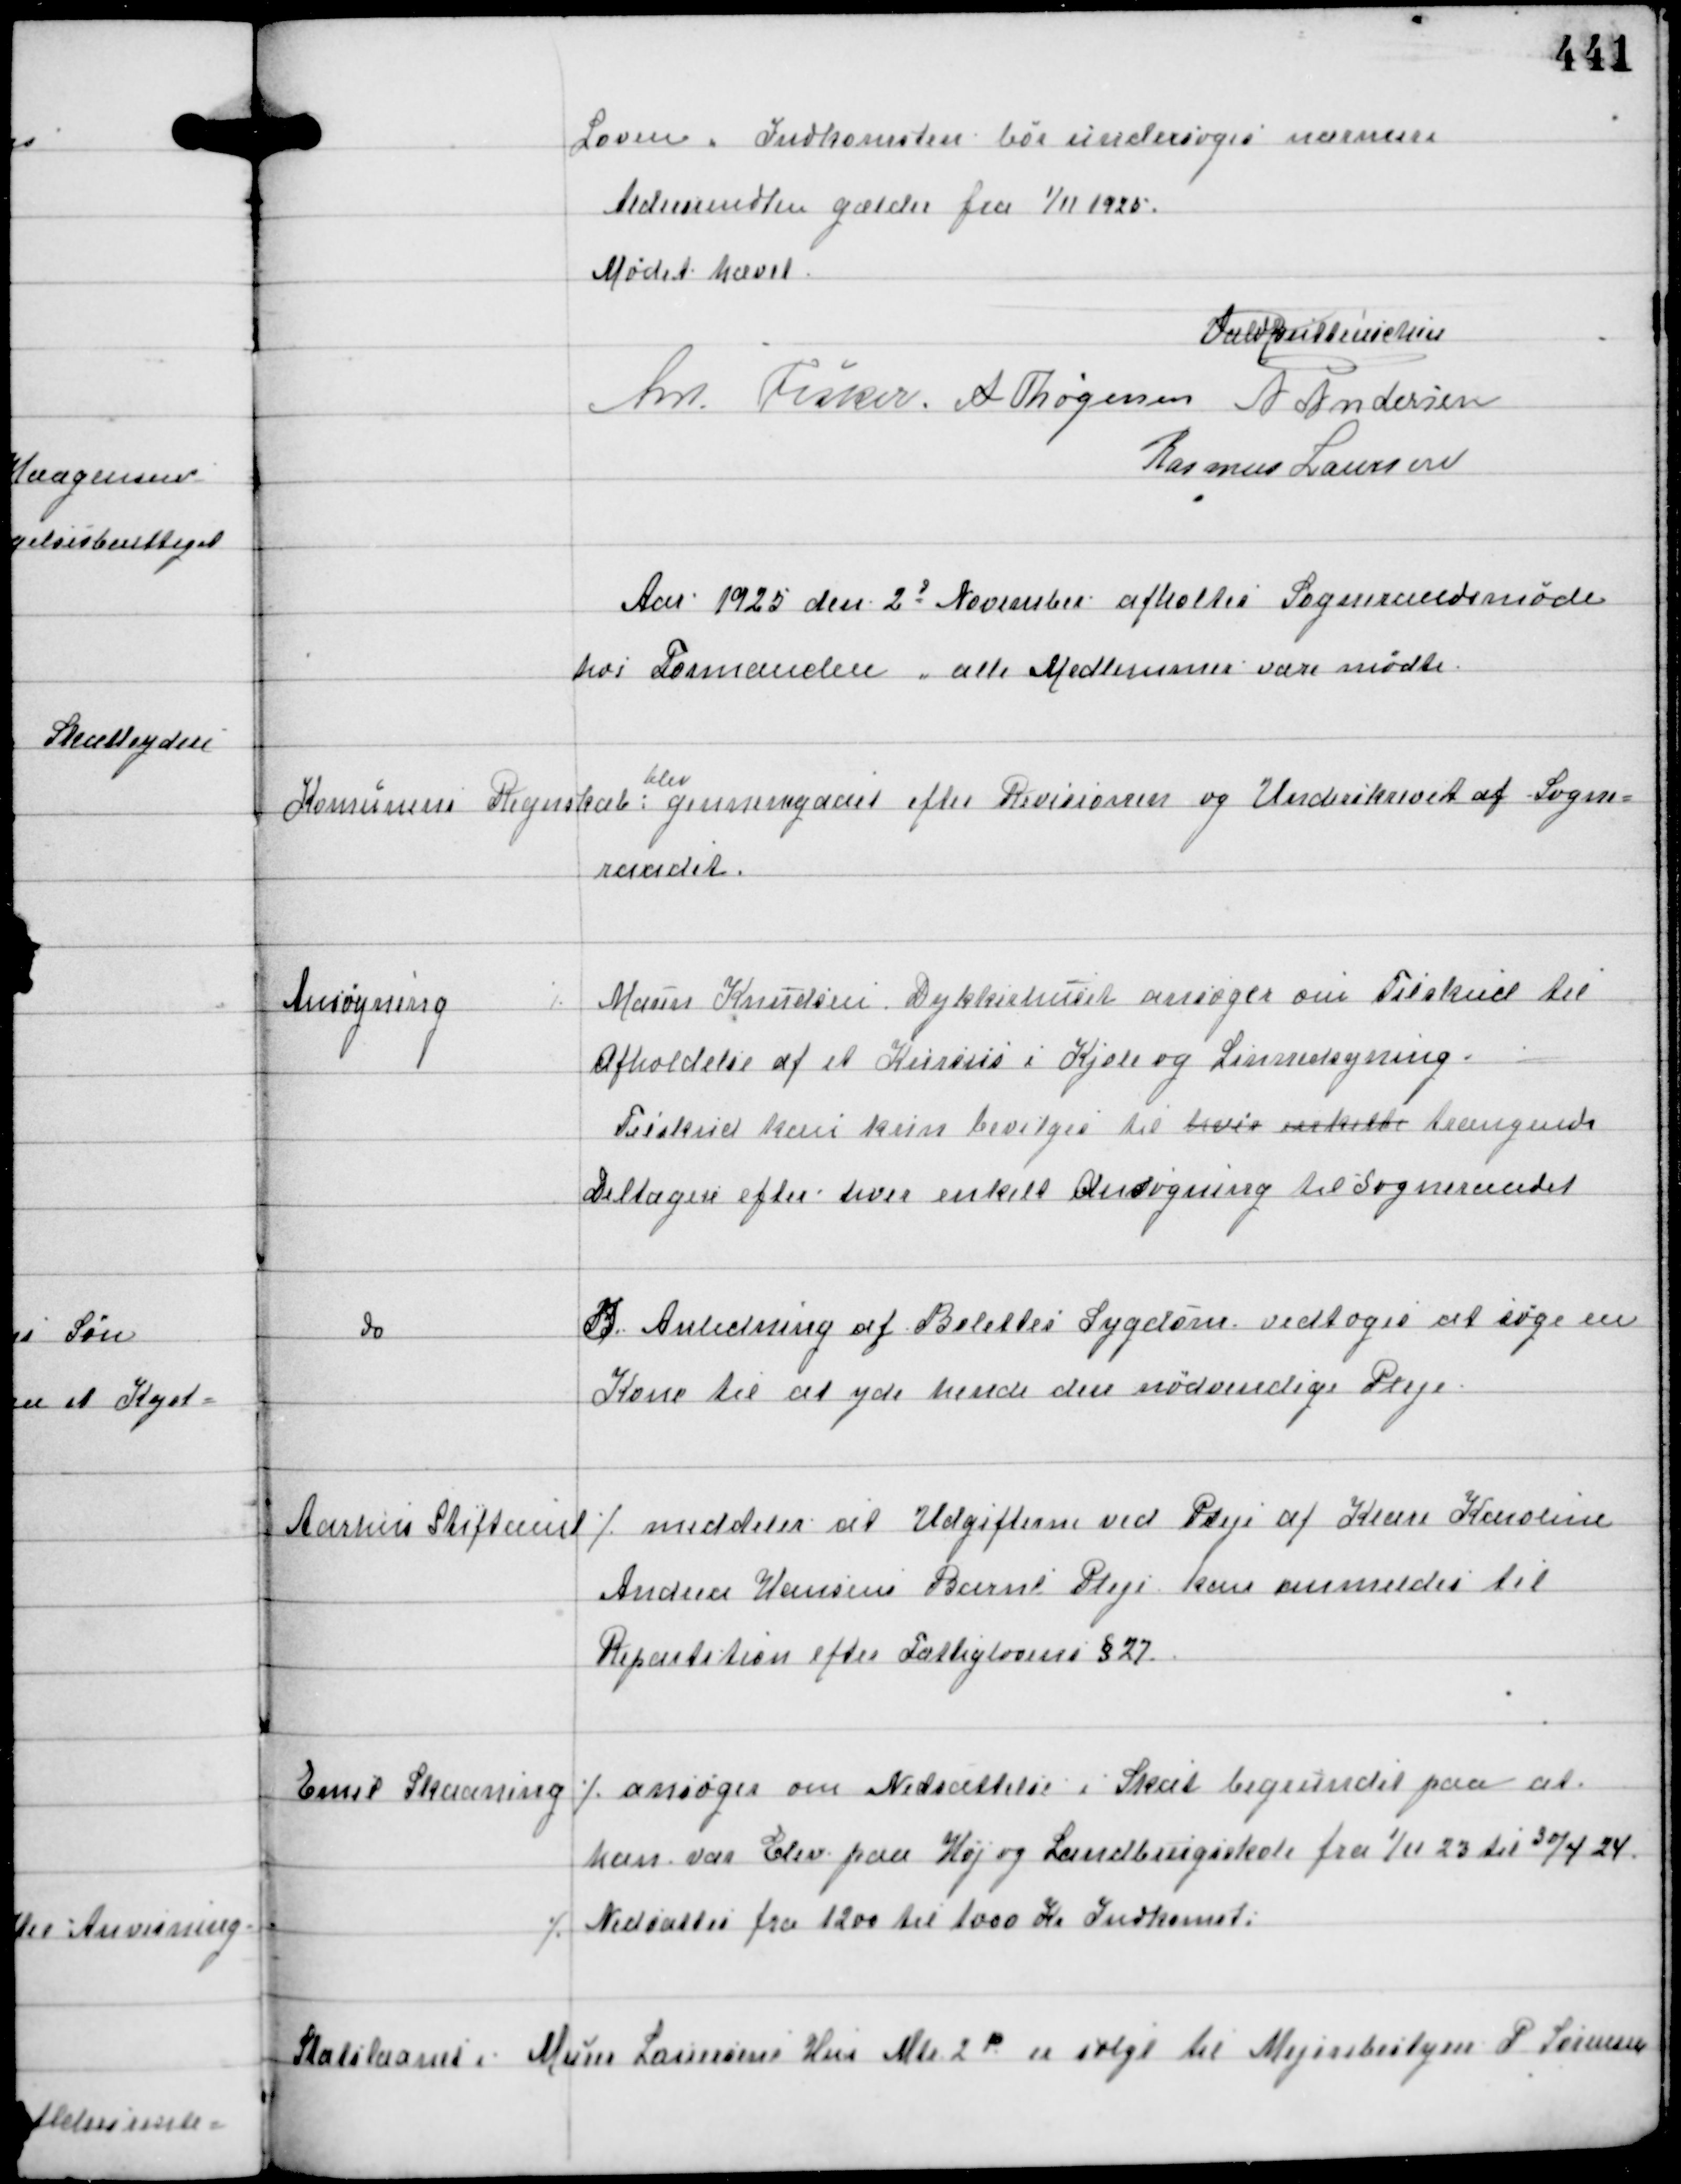
Transskription:
Loven. Indkomsten bør undersøges nærmere
Aldersrendten gælder fra 1/11 1925.

Mødet hævet
Vald Buttenschøn
Ant Fisker A Thøgersen A Andersen
Rasmus Laursen

Aar 1925 den 2d November afholdtes Sogneraadsmøde
hos Formanden, alle Medlemmer vare mødte.

Komunens Regnskab
blev
gennemgaaet efter Revisionen og Underskrevet af Sogne-
raadet.

Ansøgning

⁒ Maren Knudsen Dykkerhuset ansøger om Tilskud til
Afholdelse af et Kursus i Kjole og Linnedsyning.
Tilskud kan kun bevilges til hvis enkelte trængende
Deltagere efter hver enkelt Ansøgning til Sogneraadet

do

I Anledning af Bolettes Sygdom vedtoges at søge en
Kone til at yde hende den nødvendige Pleje

Aarhus Stiftamt

⁒ meddeler at Udgifterne ved Pleje af Klara Karoline
Andrea Hansens Barns Pleje kan anmeldes til
Repartition efter Fattiglovens §27.

Emil Skaaning

⁒ ansøger om Nedsættelse i Skat begrundet paa at
han var Elev paa Høj og Landbrugsskole fra 1/11 til 30/4 24
⁒ Nedsattes fra 1200 til 1000 Kr Indkomst

Statslaanet i

Murer Lauersens Hus Matr 2x er solgt til Mejeribestyrer P Sørensen